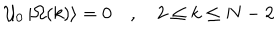
{ \cal U } _ { 0 } \left| \Omega ( k ) \right\rangle = 0 \quad , \quad 2 \leq k \leq N - 2